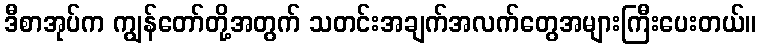
ဒီစာအုပ်က ကျွန်တော်တို့အတွက် သတင်းအချက်အလက်တွေအများကြီးပေးတယ်။